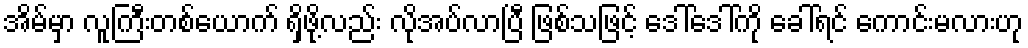
အိမ်မှာ လူကြီးတစ်ယောက် ရှိဖို့လည်း လိုအပ်လာပြီ ဖြစ်သဖြင့် ဒေါ်ဒေါ်ကို ခေါ်ရင် ကောင်းမလားဟု